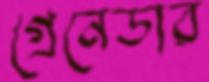
গ্রেনেডার